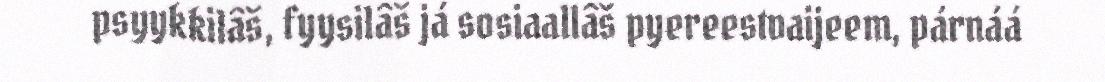
psyykkilâš, fyysilâš já sosiaallâš pyereestvaijeem, párnáá